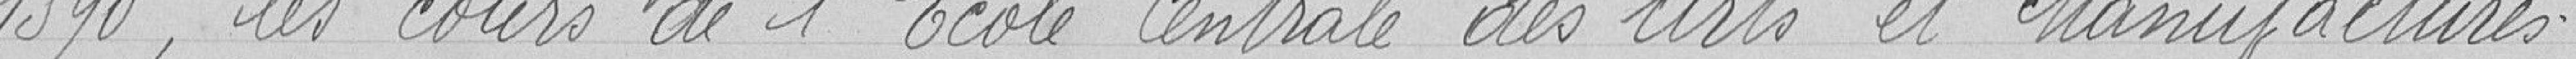
1890, les cours de l'Ecole Centrale des Arts et Manufactures